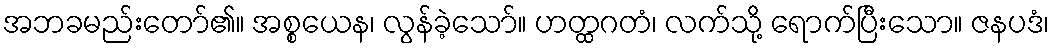
အဘခမည်းတော်၏။ အစ္စယေန၊ လွန်ခဲ့သော်။ ဟတ္ထဂတံ၊ လက်သို့ ရောက်ပြီးသော။ ဇနပဒံ၊